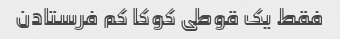
فقط یک قوطی کوکا کم فرستادن